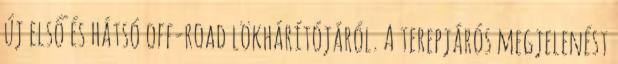
új első és hátsó off-road lökhárítójáról. A terepjárós megjelenést